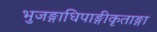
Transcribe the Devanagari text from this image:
भुजङ्गाधिपाङ्गीकृताङ्गा